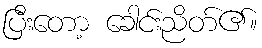
ပြီးတော့ ခေါင်းညိတ်၏။